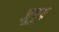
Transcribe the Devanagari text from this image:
जूपूप